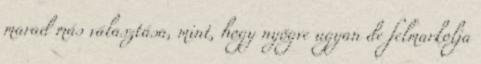
marad más választása, mint, hogy nyögve ugyan de felmarkolja